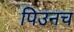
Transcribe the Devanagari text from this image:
पिउनच